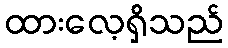
ထားလေ့ရှိသည်